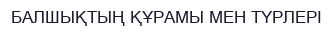
БАЛШЫҚТЫҢ ҚҰРАМЫ МЕН ТҮРЛЕРІ